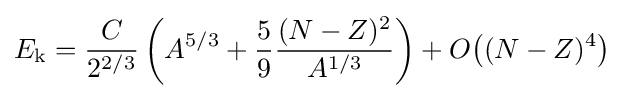
E_{\text{k}}={\frac {C}{2^{2/3}}}\left(A^{5/3}+{\frac {5}{9}}{\frac {(N-Z)^{2}}{A^{1/3}}}\right)+O{\big (}(N-Z)^{4}{\big )}